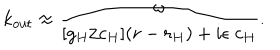
k _ { \mathrm { o u t } } \approx { \frac { \omega } { [ g _ { H } / c _ { H } ] ( r - r _ { H } ) + i \epsilon \; c _ { H } } } .